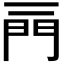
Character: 𨳌